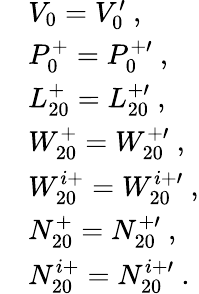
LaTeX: \begin{array}{rl}&{V_{0}=V_{0}^{\prime}~,}\\ &{P_{0}^{+}=P_{0}^{+\prime}~,}\\ &{L_{20}^{+}=L_{20}^{+\prime}~,}\\ &{W_{20}^{+}=W_{20}^{+\prime}~,}\\ &{W_{20}^{i+}=W_{20}^{i+\prime}~,}\\ &{N_{20}^{+}=N_{20}^{+\prime}~,}\\ &{N_{20}^{i+}=N_{20}^{i+\prime}~.}\end{array}